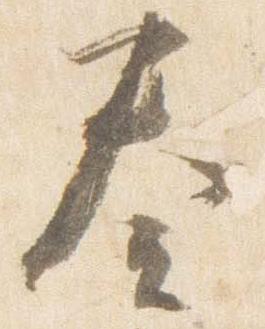
奏